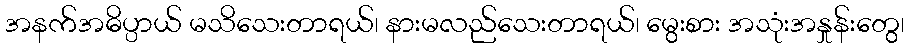
အနက်အဓိပ္ပာယ် မသိသေးတာရယ်၊ နားမလည်သေးတာရယ်၊ မွေးစား အသုံးအနှုန်းတွေ၊